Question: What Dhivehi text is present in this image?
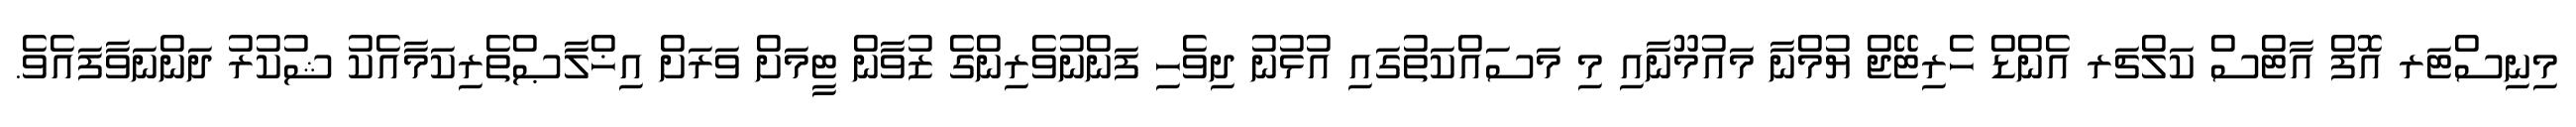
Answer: މިނިސްޓަރ އޮފް އާޓްސް ކަލްޗަރ އެންޑް ހެރިޓޭޖް ޔުމްނާ މައުމޫނާއި މި މަސައްކަތުގައި އުޅުނު ދިވެހި ފަންނުވެރިންގެ ޒުވާން ޓީމަށް ވަރަށް އިޚްލާޞްތެރިކަމާއެކު ޝުކުރު ދަންނަވާފައެވެ.